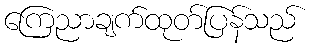
ကြေညာချက်ထုတ်ပြန်သည်